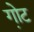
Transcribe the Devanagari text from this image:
गो़ट